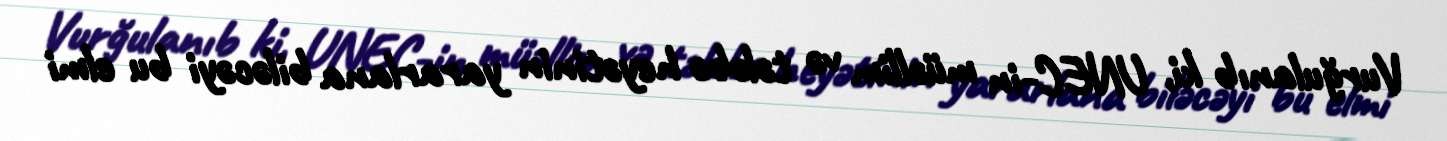
Vurğulanıb ki, UNEC-in müəllim və tələbə heyətinin yararlana biləcəyi bu elmi